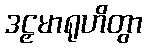
ဒဠှမာရုဟိတွာ